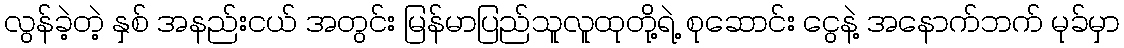
လွန်ခဲ့တဲ့ နှစ် အနည်းငယ် အတွင်း မြန်မာပြည်သူလူထုတို့ရဲ့ စုဆောင်း ငွေနဲ့ အနောက်ဘက် မုခ်မှာ